Lunatic asylums Punjab 1911-1921 - 1911-1921
Year: 1911
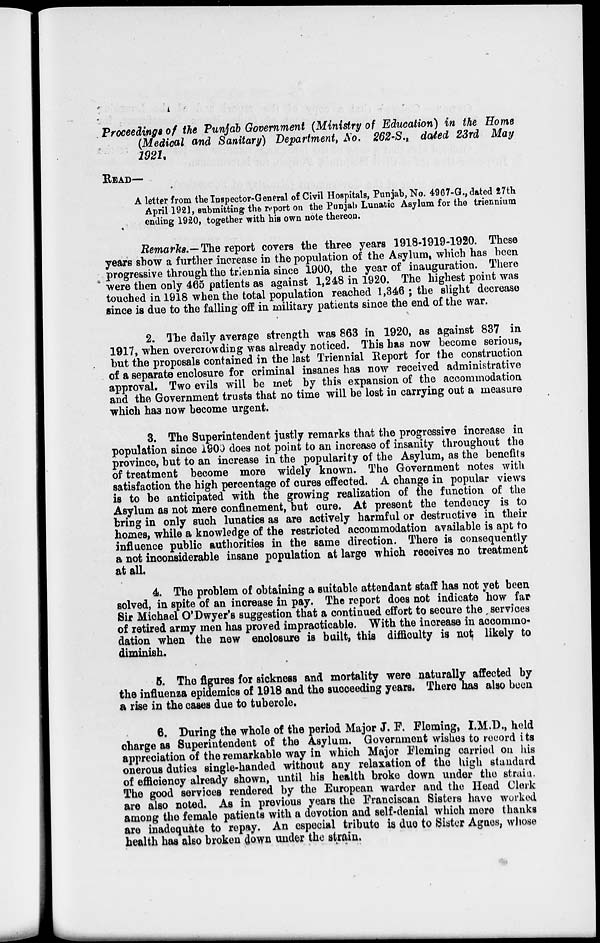
Proceedings of the Punjab Government (Ministry of Education) in the Home
(Medical and Sanitary) Department, No. 262-S., dated 23rd May
1921
READ—
A letter from the Inspector-General of Civil Hospitals, Punjab, No. 4967-G., dated 27th
April 1921, submitting the report on the Punjab Lunatic Asylum for the triennium
ending 1920, together with his own note thereon.
Remarks.—The report covers the three years 1918-1919-1920. These
years show a further increase in the population of the Asylum, which has been
progressive through the triennia since 1900, the year of inauguration. There
were then only 465 patients as against 1,248 in 1920. The highest point was
touched in 1918 when the total population reached 1,346 ; the slight decrease
since is due to the falling off in military patients since the end of the war.
2. The daily average strength was 863 in 1920, as against 837 in
1917, when overcrowding was already noticed. This has now become serious,
but the proposals contained in the last Triennial Report for the construction
of a separate enclosure for criminal insanes has now received administrative
approval. Two evils will be met by this expansion of the accommodation
and the Government trusts that no time will be lost in carrying out a measure
which has now become urgent.
3. The Superintendent justly remarks that the progressive increase in
population since 1900 does not point to an increase of insanity throughout the
province, but to an increase in the popularity of the Asylum, as the benefits
of treatment become more widely known. The Government notes with
satisfaction the high percentage of cures effected. A change in popular views
is to be anticipated with the growing realization of the function of the
Asylum as not mere confinement, but cure. At present the tendency is to
bring in only such lunatics as are actively harmful or destructive in their
homes, while a knowledge of the restricted accommodation available is apt to
influence public authorities in the same direction. There is consequently
a not inconsiderable insane population at large which receives no treatment
at all,
4. The problem of obtaining a suitable attendant staff has not yet been
solved, in spite of an increase in pay. The report does not indicate how far
Sir Michael O'Dwyer's suggestion that a continued effort to secure the services
of retired army men has proved impracticable. With the increase in accommo-
dation when the new enclosure is built, this difficulty is not likely to
diminish.
5. The figures for sickness and mortality were naturally affected by
the influenza epidemics of 1918 and the succeeding years. There has also been
a rise in the cases due to tubercle.,
6. During the whole of the period Major J. F. Fleming, I.M.D., held
charge as Superintendent of the Asylum. Government wishes to record its
appreciation of the remarkable way in which Major Fleming carried on his
onerous duties single-handed without any relaxation of the high standard
of efficiency already shown, until his health broke down under the strain.
The good services rendered by the European warder and the Head Clerk
are also noted. As in previous years the Franciscan Sisters have worked
among the female patients with a devotion and self-denial which mere thanks
are inadequate to repay. An especial tribute is due to Sister Agnes, whose
health has also broken down under the strain.